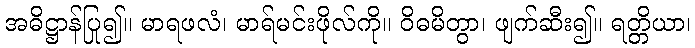
အဓိဋ္ဌာန်ပြု၍။ မာရဖလံ၊ မာရ်မင်းဖိုလ်ကို။ ဝိဓမိတွာ၊ ဖျက်ဆီး၍။ ရတ္တိယာ၊